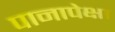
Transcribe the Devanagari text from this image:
पानापेक्षा